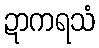
ဍာကရသံ